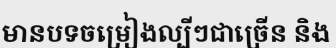
មានបទចម្រៀងល្បីៗជាច្រើន និង